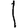
Digit: 1